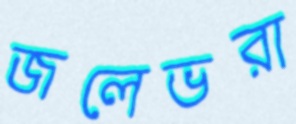
জলেভরা